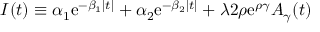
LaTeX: { \cal I } ( t ) \equiv \alpha _ { 1 } \mathrm { e } ^ { - \beta _ { 1 } | t | } + \alpha _ { 2 } \mathrm { e } ^ { - \beta _ { 2 } | t | } + \lambda 2 \rho \mathrm { e } ^ { \rho \gamma } A _ { \gamma } ( t ) ~